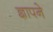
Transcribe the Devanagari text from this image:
ज्ञापने